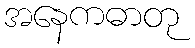
အနေကဓာတု